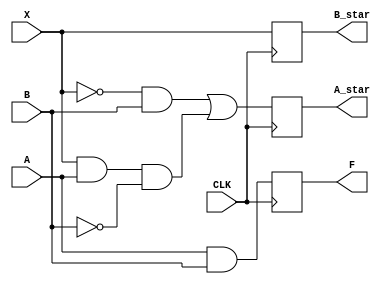
module Sequence_Detector(
    input wire CLK, 
    input wire X, 
    input wire A, 
    input wire B, 
    output A_star, 
    output B_star, 
    output F);
  
  reg A_star, B_star, F;
  
  
  always @(posedge CLK) begin
    A_star = (~X & B) | (X & A & (~B));
    B_star = (X);
    F = A & B;
  end
endmodule